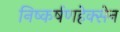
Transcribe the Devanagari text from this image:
निष्कर्षणहेक्सेन